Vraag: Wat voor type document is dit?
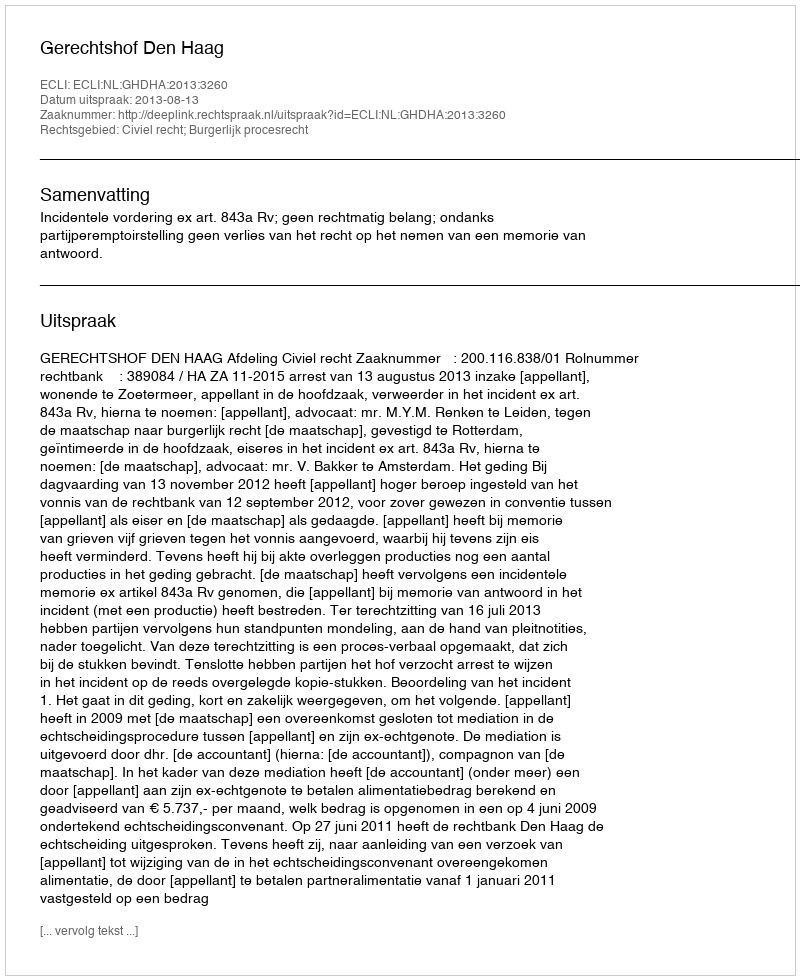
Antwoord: Uitspraak